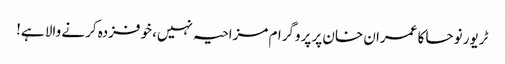
ٹریور نوحا کا عمران خان پر پروگرام مزاحیہ نہیں، خوفزدہ کرنے والا ہے!